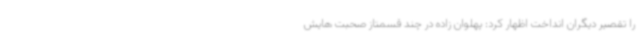
را تقصیر دیگران انداخت اظهار کرد: پهلوان زاده در چند قسمتاز صحبت هایش